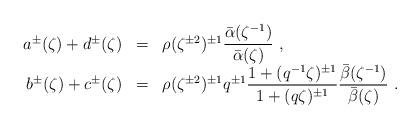
LaTeX: \begin{align*}\begin{array}{rcl}a^\pm(\zeta)+d^\pm(\zeta)&=&\rho(\zeta^{\pm2})^{\pm 1}\displaystyle\frac{\bar{\alpha}(\zeta^{-1})}{\bar{\alpha}(\zeta)}~,\\b^\pm(\zeta)+c^\pm(\zeta)&=&\rho(\zeta^{\pm 2})^{\pm 1}q^{\pm 1}\displaystyle\frac{1+(q^{-1}\zeta)^{\pm 1}}{1+(q\zeta)^{\pm 1}}\displaystyle\frac{\bar{\beta}(\zeta^{-1})}{\bar{\beta}(\zeta)}~.\end{array}\end{align*}